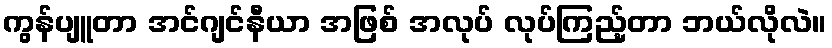
ကွန်ပျူတာ အင်ဂျင်နီယာ အဖြစ် အလုပ် လုပ်ကြည့်တာ ဘယ်လိုလဲ။